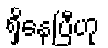
ရှိနေပြီဟု